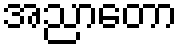
အညာတော